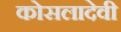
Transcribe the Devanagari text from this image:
कोसलादेवी